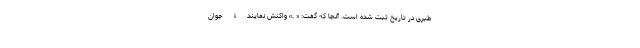
طبری در تاریخ ثبت شده است. آنجا که گفت: «‌ .» واکنش نمایندۀ جوان